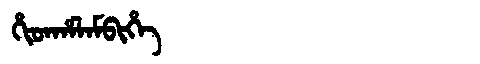
Manchu: ᡥᡳᡨᡥᠠᠯᠠᠮᠪᡳᡥᡝ
Romanization: HITHALAMBIHE